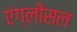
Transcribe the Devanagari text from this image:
एंग्लीसल